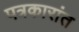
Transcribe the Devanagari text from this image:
पत्रकारांत